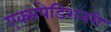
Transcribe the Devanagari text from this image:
एक्सपेडिशनरी